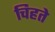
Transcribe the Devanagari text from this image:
चिहते